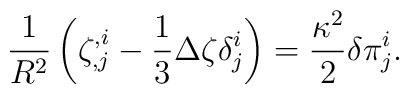
{1\over R^2}\left(\zeta_{,j}^{,i}-{1\over 3}\Delta \zeta \delta^i_j \right) = {\kappa^2 \over 2}\delta \pi^i_j.